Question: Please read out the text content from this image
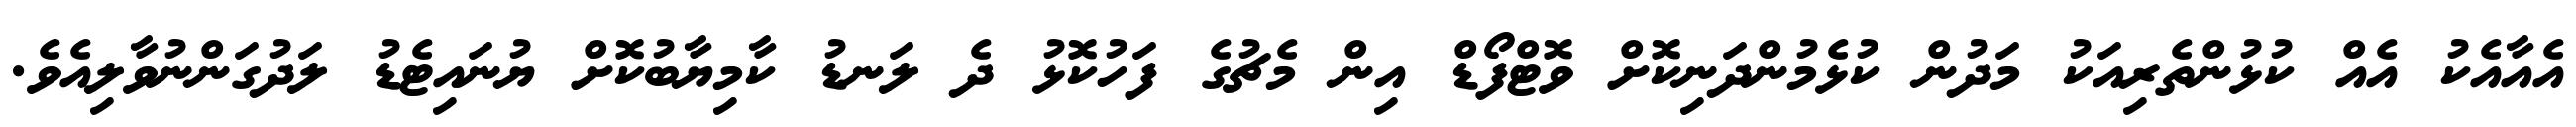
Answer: އެއާއެކު އެއް ކުޅުންތެރިއަކު މަދުން ކުޅެމުންދަނިކޮށް ވޮޓްފޯޑް އިން މެޗުގެ ފަހުކޮޅު ދެ ލަނޑު ކާމިޔާބުކޮށް ޔުނައިޓެޑު ލަދުގަންނުވާލިއެވެ.